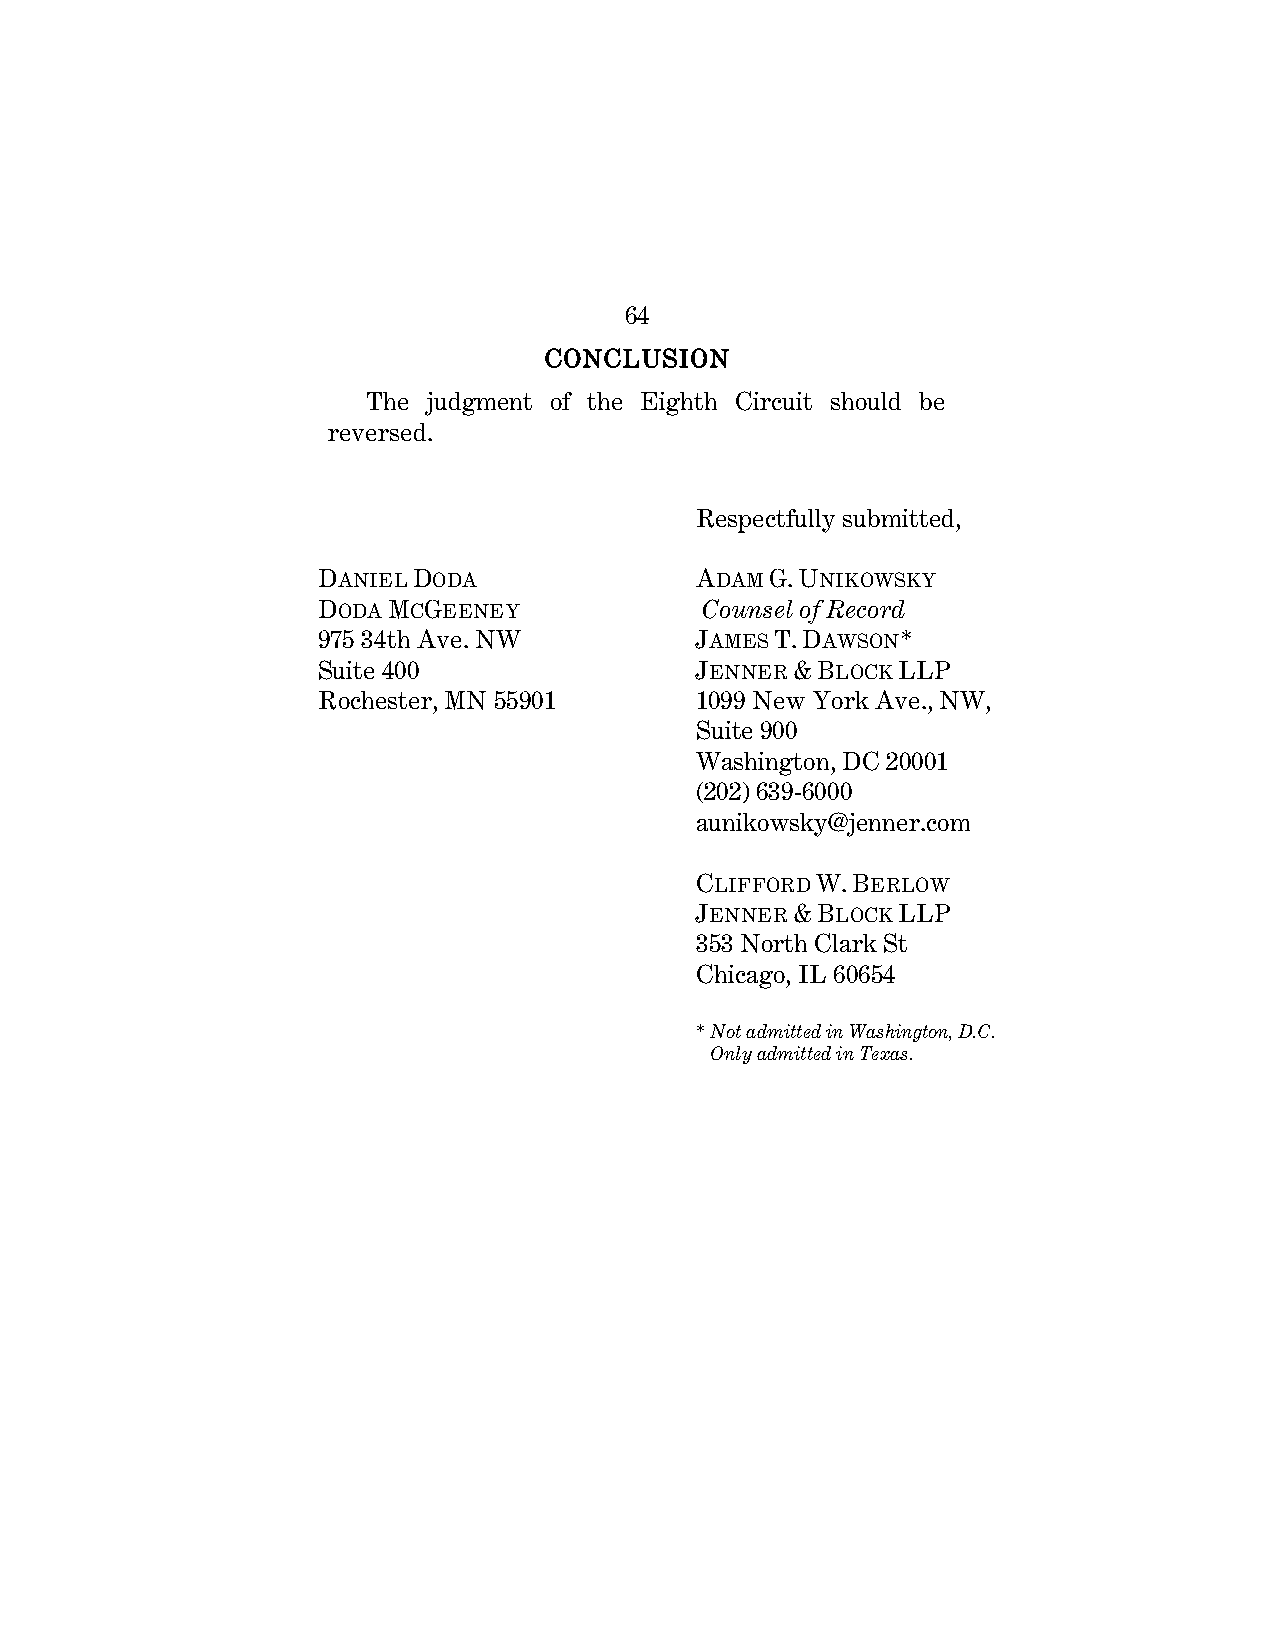
64
 CONCLUSION
 The judgment of the Eighth Circuit should be
 reversed.
 Respectfully submitted,
 DANIEL DODA              ADAM G. UNIKOWSKY
 DODA MCGEENEY            Counsel of Record
 975 34th Ave. NW         JAMES T. DAWSON*
 Suite 400                JENNER & BLOCK LLP
 Rochester, MN 55901      1099 New York Ave., NW,
 Suite 900
 Washington, DC 20001
 (202) 639-6000
 aunikowsky@jenner.com
 CLIFFORD W. BERLOW
 JENNER & BLOCK LLP
 353 North Clark St
 Chicago, IL 60654
 * Not admitted in Washington, D.C.
 Only admitted in Texas.